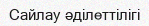
Сайлау әділеттілігі